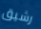
رشيق